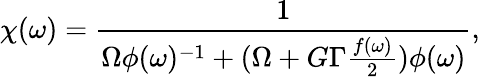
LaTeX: \chi(\omega)=\frac{1}{\Omega\phi(\omega)^{-1}+(\Omega+G\Gamma\frac{f(\omega)}{2})\phi(\omega)},